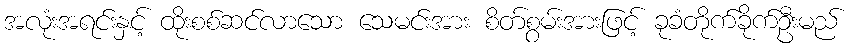
အလုံးအရင်းနှင့် ထိုးစစ်ဆင်လာသော သေမင်းအား စိတ်စွမ်းအားဖြင့် ခုခံတိုက်ခိုက်ဦးမည်